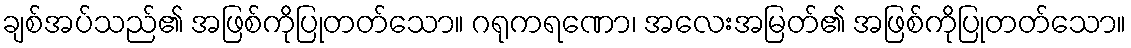
ချစ်အပ်သည်၏ အဖြစ်ကိုပြုတတ်သော။ ဂရုကရဏော၊ အလေးအမြတ်၏ အဖြစ်ကိုပြုတတ်သော။